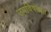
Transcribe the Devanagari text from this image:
उपविषयात